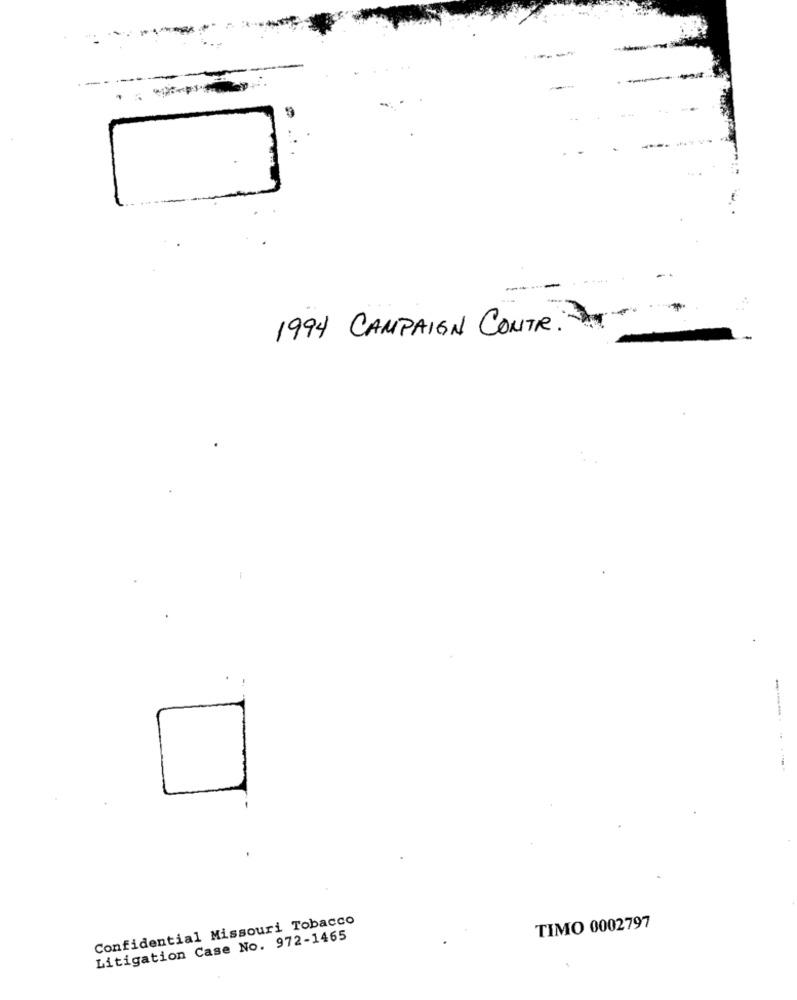
1994 CAMPAIGN CONTR .-
--------
.
Confidential Missouri Tobacco
TIMO 0002797
Litigation Case No. 972-1465